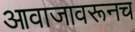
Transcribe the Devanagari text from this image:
आवाजावरूनच